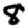
Digit: 8